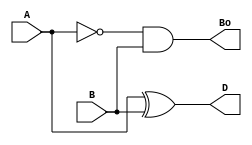
module half_subtractor(input A, B, output Bo, D);
  wire ABar;

  not NOT1(ABar, A);
  xor XOR1(D, A, B);
  and AND1(Bo, ABar, B);
endmodule